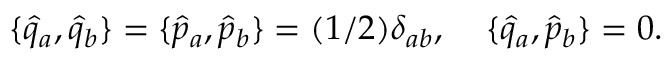
\{ \hat { q } _ { a } , \hat { q } _ { b } \} = \{ \hat { p } _ { a } , \hat { p } _ { b } \} = ( 1 / 2 ) \delta _ { a b } , \; \; \; \; \{ \hat { q } _ { a } , \hat { p } _ { b } \} = 0 .